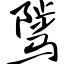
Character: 骘